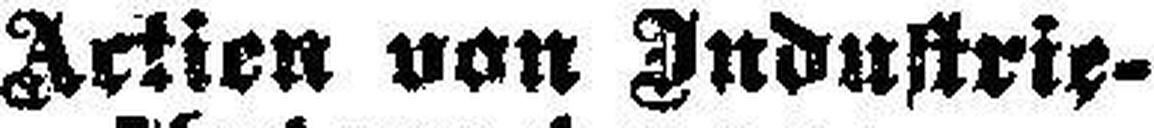
Actien von Industrie-